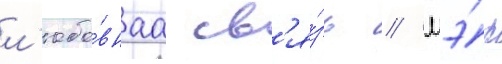
л'юбо́внаа св'я́зь // Мэ́р